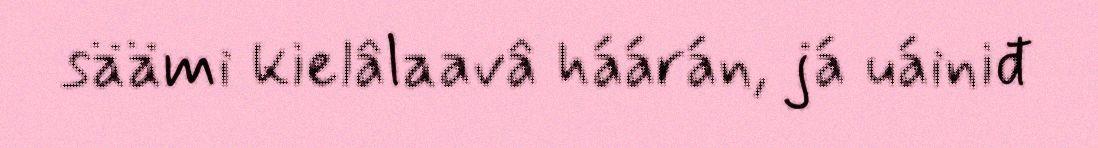
säämi kielâlaavâ háárán, já uáiniđ